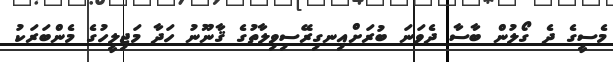
މެސީގެ ދެ ގޯލުން ބާސާ ދެވަނަ ބުރަށްއިނގިރޭސިވިލާތުގެ ޤާނޫނު ހަދާ މަޖިލީހުގެ މެންބަރަކު